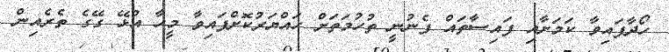
ހޯދާފައިވާ ކަމަށާއި ފައިސާތައް ފެނުނީ ތުހުމަތަށް ހައްޔަރުކޮށްފައިވާ މީހާ އުޅޭ ގޭގެ ތެރެއިން